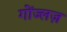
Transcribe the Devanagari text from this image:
गोंज्लज़